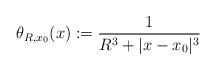
LaTeX: \begin{align*}\theta_{R,x_0}(x):=\frac1{R^3+|x-x_0|^3}\end{align*}